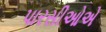
પારસીઓએ